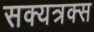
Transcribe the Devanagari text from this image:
सक्यत्रक्स